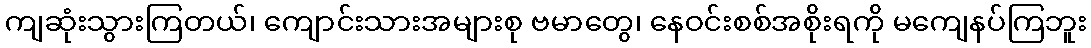
ကျဆုံးသွားကြတယ်၊ ကျောင်းသားအများစု ဗမာတွေ၊ နေဝင်းစစ်အစိုးရကို မကျေနပ်ကြဘူး